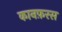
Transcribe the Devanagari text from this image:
कानफ़रस